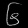
Digit: ၆